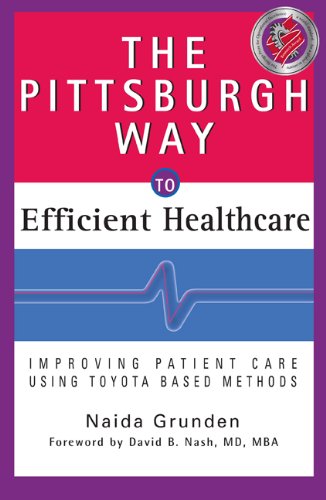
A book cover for The Pittsburgh Way to Efficient Healthcare: Improving Patient Care Using Toyota Based Methods; Naida Grunden; Business & Money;